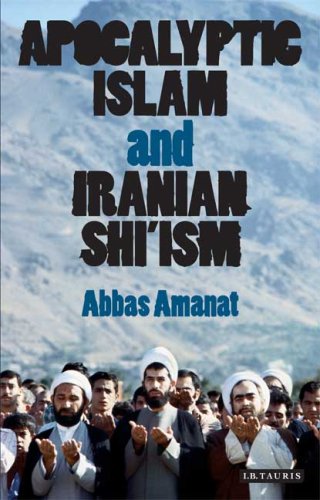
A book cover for Apocalyptic Islam and Iranian Shi'ism (Library of Modern Religion); Abbas Amanat; Religion & Spirituality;